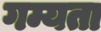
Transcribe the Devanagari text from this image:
गम्यता